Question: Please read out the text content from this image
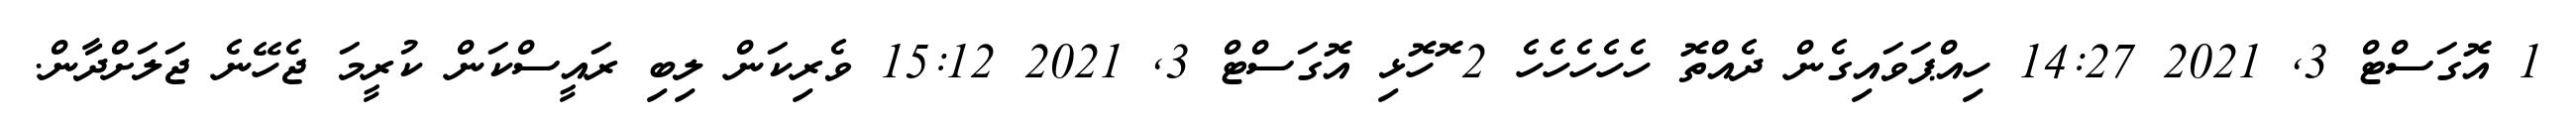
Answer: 1 އޮގަސްޓް 3, 2021 14:27 ހިއްޕަވައިގެން ދެއްތޮ ހެހެހެހެހެ 2 ޮހޮޅި އޮގަސްޓް 3, 2021 15:12 ވެރިކަން ލިބި ރައީސްކަން ކުރީމަ ޖެހޭނެ ޖަލަށްދާން.